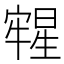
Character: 𣋀